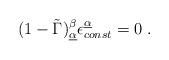
LaTeX: \begin{align*}(1- \tilde \Gamma)^\beta _{\underline {\alpha}} \epsilon_{const} ^{\underline{\alpha}} =0 \ .\end{align*}